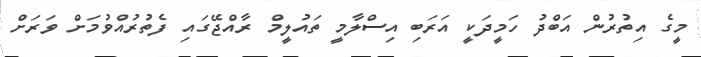
މީގެ އިތުރުން އަބްދު ހަމީދަކީ އަރަބި އިސްލާމީ ތައުލީމް ރާއްޖޭގައި ފެތުރުއްވުމަށް ވަރަށް